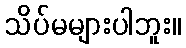
သိပ်မများပါဘူး။